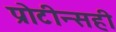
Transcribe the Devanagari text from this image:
प्रोटीन्सही